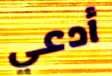
أدعي